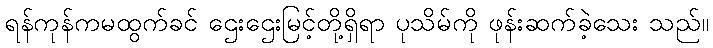
ရန်ကုန်ကမထွက်ခင် ဌေးဌေးမြင့်တို့ရှိရာ ပုသိမ်ကို ဖုန်းဆက်ခဲ့သေး သည်။